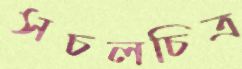
সচলচিত্র